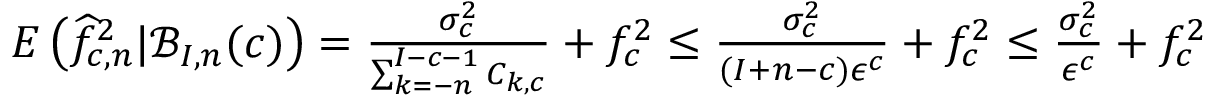
\begin{array} { r } { E \left( \widehat f _ { c , n } ^ { 2 } | \mathcal { B } _ { I , n } ( c ) \right) = \frac { \sigma _ { c } ^ { 2 } } { \sum _ { k = - n } ^ { I - c - 1 } C _ { k , c } } + f _ { c } ^ { 2 } \leq \frac { \sigma _ { c } ^ { 2 } } { ( I + n - c ) \epsilon ^ { c } } + f _ { c } ^ { 2 } \leq \frac { \sigma _ { c } ^ { 2 } } { \epsilon ^ { c } } + f _ { c } ^ { 2 } } \end{array}